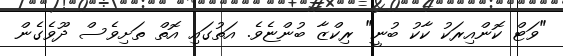
"ވަޓް ކޮންއިރަކު ކާކު ބުނީ" ރިކްޒާ ބުންޏެވެ. އަތުގައި އޮތް ތަށިވެސް ދޫވެގެން